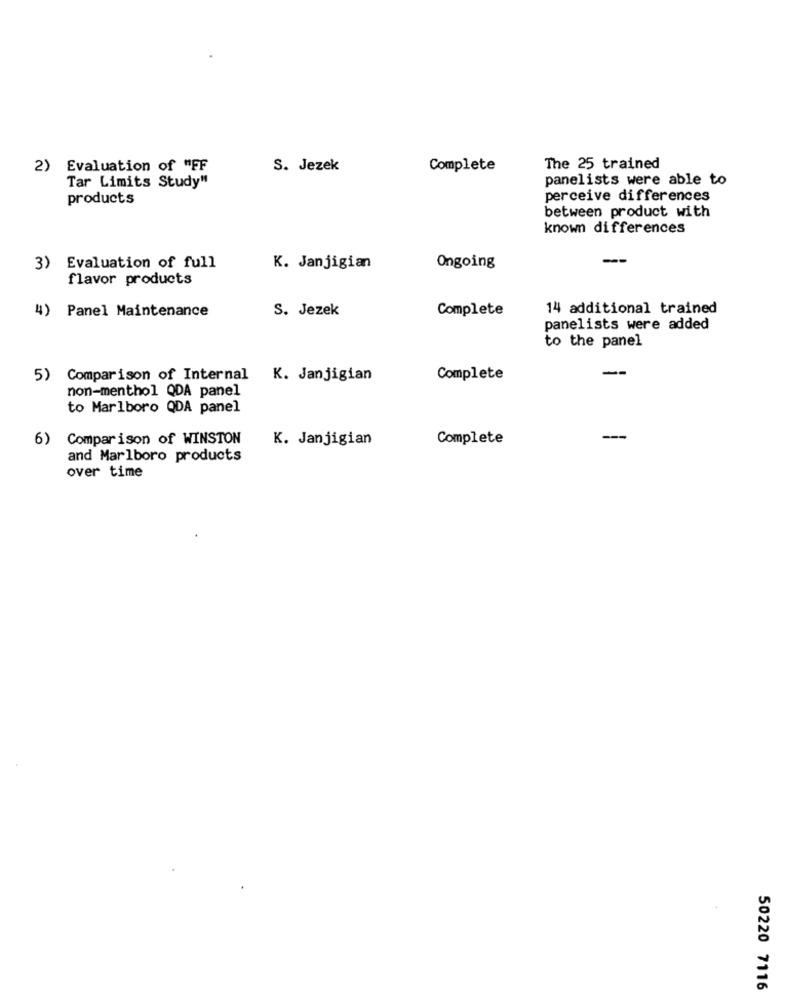
2) Evaluation of "FF
S. Jezek
Complete
The 25 trained
Tar Limits Study"
panelists were able to
products
perceive differences
between product with
known differences
3) Evaluation of full
K. Janjigian
Ongoing
flavor products
4)
Panel Maintenance
S. Jezek
Complete
14 additional trained
panelists were added
to the panel
--
5) Comparison of Internal K. Janjigian
Complete
non-menthol QDA panel
to Marlboro QDA panel
6) Comparison of WINSTON
K. Janjigian
Complete
and Marlboro products
over time
50220 7116